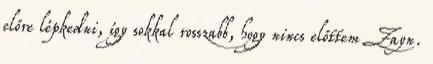
előre lépkedni, így sokkal rosszabb, hogy nincs előttem Zayn.